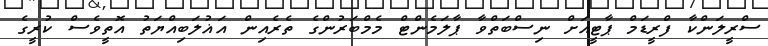
ސްރީލަންކާ ފްރީޑަމް ޕާޓީއަށް ނިސްބަތްވާ ޕާލަމެންޓް މެމްބަރުންގެ ތެރެއިން އަޣުލަބިއްޔަތު އޮތީވެސް ކުރީގެ